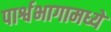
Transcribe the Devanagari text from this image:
पार्श्वभागामध्ये